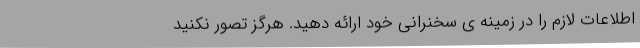
اطلاعات لازم را در زمینه ی سخنرانی خود ارائه دهید. هرگز تصور نکنید